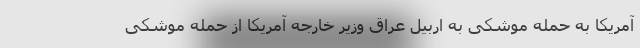
آمریکا به حمله موشکی به اربیل عراق وزیر خارجه آمریکا از حمله موشکی